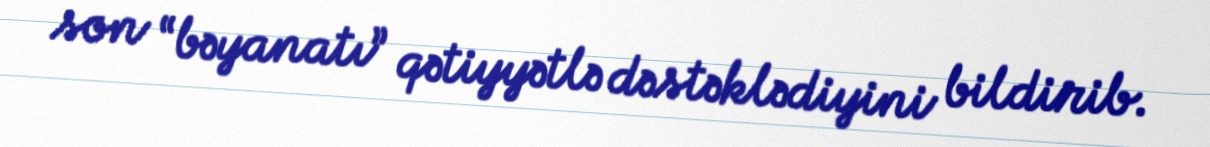
son “bəyanatı” qətiyyətlə dəstəklədiyini bildirib.